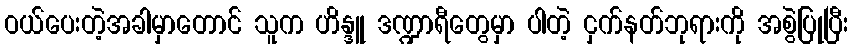
ဝယ်ပေးတဲ့အခါမှာတောင် သူက ဟိန္ဒူ ဒဏ္ဍာရီတွေမှာ ပါတဲ့ ငှက်နတ်ဘုရားကို အစွဲပြုပြီး